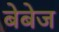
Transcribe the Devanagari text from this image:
बेबेज